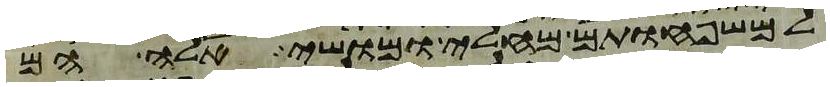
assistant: למשפחותם מחלי ומושי אלה הם